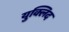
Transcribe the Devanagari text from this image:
युक्लिद